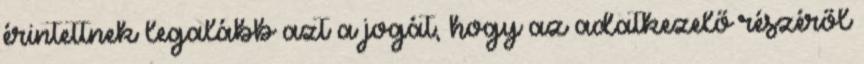
érintettnek legalább azt a jogát, hogy az adatkezelő részéről